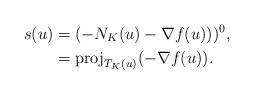
LaTeX: \begin{align*}s(u)&= (-N_K(u) - \nabla f(u)))^{0},\\&= \mbox{proj}_{T_K(u)}( - \nabla f(u)).\end{align*}